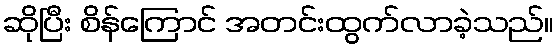
ဆိုပြီး စိန်ကြောင် အတင်းထွက်လာခဲ့သည်။